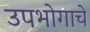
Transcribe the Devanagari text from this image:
उपभोगाचे